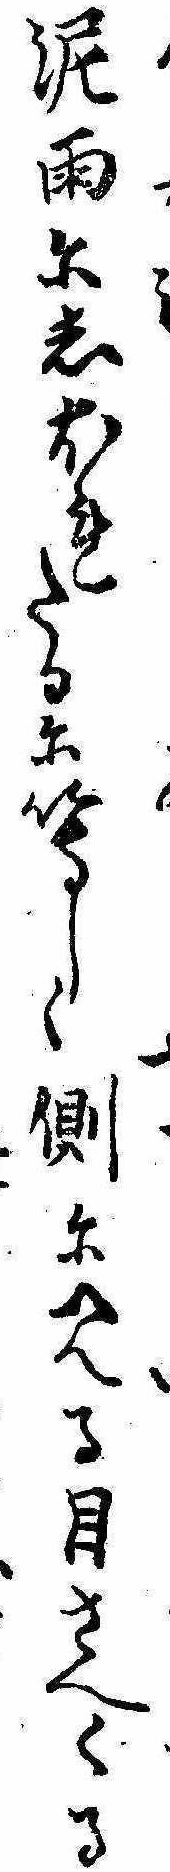
泥雨にしほれたるに等しく側に見る目さへくる